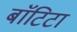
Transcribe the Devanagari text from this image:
बाॅटिटा